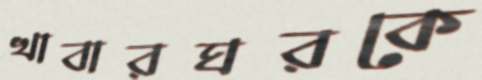
খাবারঘরকে